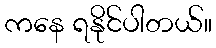
ကနေ ရနိုင်ပါတယ်။